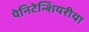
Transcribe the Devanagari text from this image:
पेनिटेन्शियरीया